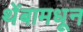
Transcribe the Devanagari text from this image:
थेंबामधून